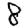
Digit: 8